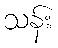
သန်း